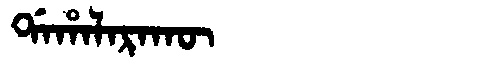
Manchu: ᡩᠠᡥᠠᠯᠠᡵᠠᡴᡡ
Romanization: DAHALARAKŪ